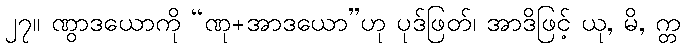
၂၇။ ဏွာဒယောကို “ဏု+အာဒယော”ဟု ပုဒ်ဖြတ်၊ အာဒိဖြင့် ယု, မိ, က္တ